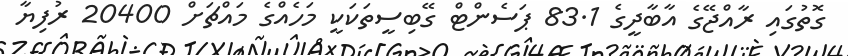
ގޮތުގައި ރާއްޖޭގެ އާބާދީގެ 83.1 ޕަސެންޓް ގޭބިސީތަކަކީ މަހެއްގެ މައްޗަށް 20400 ރުފިޔާ